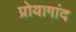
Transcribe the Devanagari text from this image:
प्रोयागांद